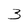
Character: 3